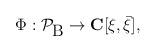
LaTeX: \begin{align*}\Phi : \cal{P}_{\mbox{B}} \rightarrow \mathbf{C}[\xi, \bar{\xi}],\end{align*}